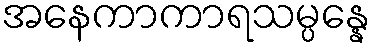
အနေကာကာရသမ္ပန္နေ